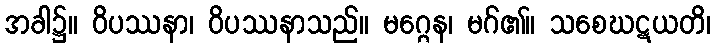
အခါ၌။ ဝိပဿနာ၊ ဝိပဿနာသည်။ မဂ္ဂေန၊ မဂ်၏။ သစေဃဋယတိ၊